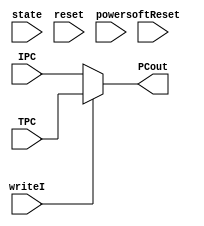
module PC(input [31:0] IPC, TPC, input [2:0] state, input reset, softReset, power, writeI,output [31:0]PCout);
	assign PCout = writeI? TPC:IPC;
	


endmodule